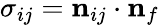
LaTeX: \sigma_{ij}=\mathbf{n}_{ij}\cdot\mathbf{n}_{f}